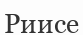
Риисе